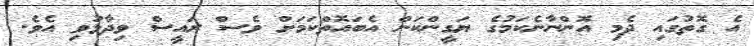
އެ ގޮތުގައި ދެމި އޮންނާނެކަމުގެ ޔަގީންކަން އެބައޮތްކަމަށް ވެސް ރައީސް ވިދާޅުވި އެވެ.